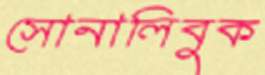
সোনালিবুক